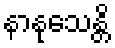
နာနုသေန္တိ